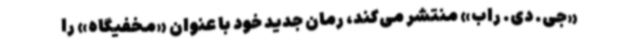
«جی. دی. راب» منتشر می‌کند، رمان جدید خود با عنوان «‌مخفیگاه»‌ را